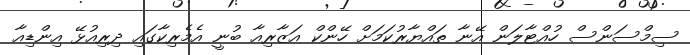
ސިމްސަންސް ހުއްޓާލަން އޭނާ ތައްޔާރުކަމަށް ހޭންކް އަޒާރިއާ ބުނީ އެމެރިކާގައި ދިރިއުޅޭ އިންޑިއާ